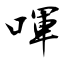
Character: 喗